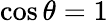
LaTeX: \cos\theta=1